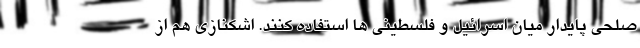
صلحی پایدار میان اسرائیل و فلسطینی ها استفاده کنند. اشکنازی هم از